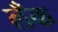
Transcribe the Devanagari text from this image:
लँक